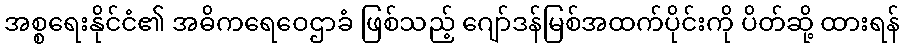
အစ္စရေးနိုင်ငံ၏ အဓိကရေဝေဌာခံ ဖြစ်သည့် ဂျော်ဒန်မြစ်အထက်ပိုင်းကို ပိတ်ဆို့ ထားရန်